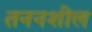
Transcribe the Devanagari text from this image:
तननशील